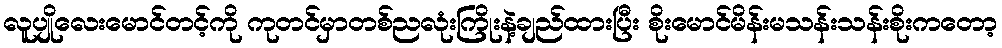
လူပျိုလေးမောင်တင့်ကို ကုတင်မှာတစ်ညလုံးကြိုးနဲ့ချည်ထားပြီး စိုးမောင်မိန်းမသန်းသန်းစိုးကတော့